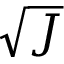
\sqrt { J }